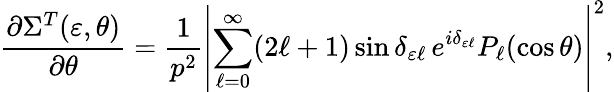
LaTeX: \frac{\partial\Sigma^{T}(\varepsilon,\theta)}{\partial\theta}=\frac{1}{p^{2}}\left|\sum_{\ell=0}^{\infty}(2\ell+1)\sin\delta_{\varepsilon\ell}\, e^{i\delta_{\varepsilon\ell}}P_{\ell}(\cos\theta)\right|^{2},